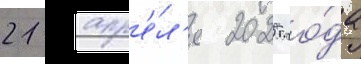
21 апр'е́л'я 2025 го́да